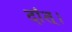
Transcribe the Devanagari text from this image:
दांत्।